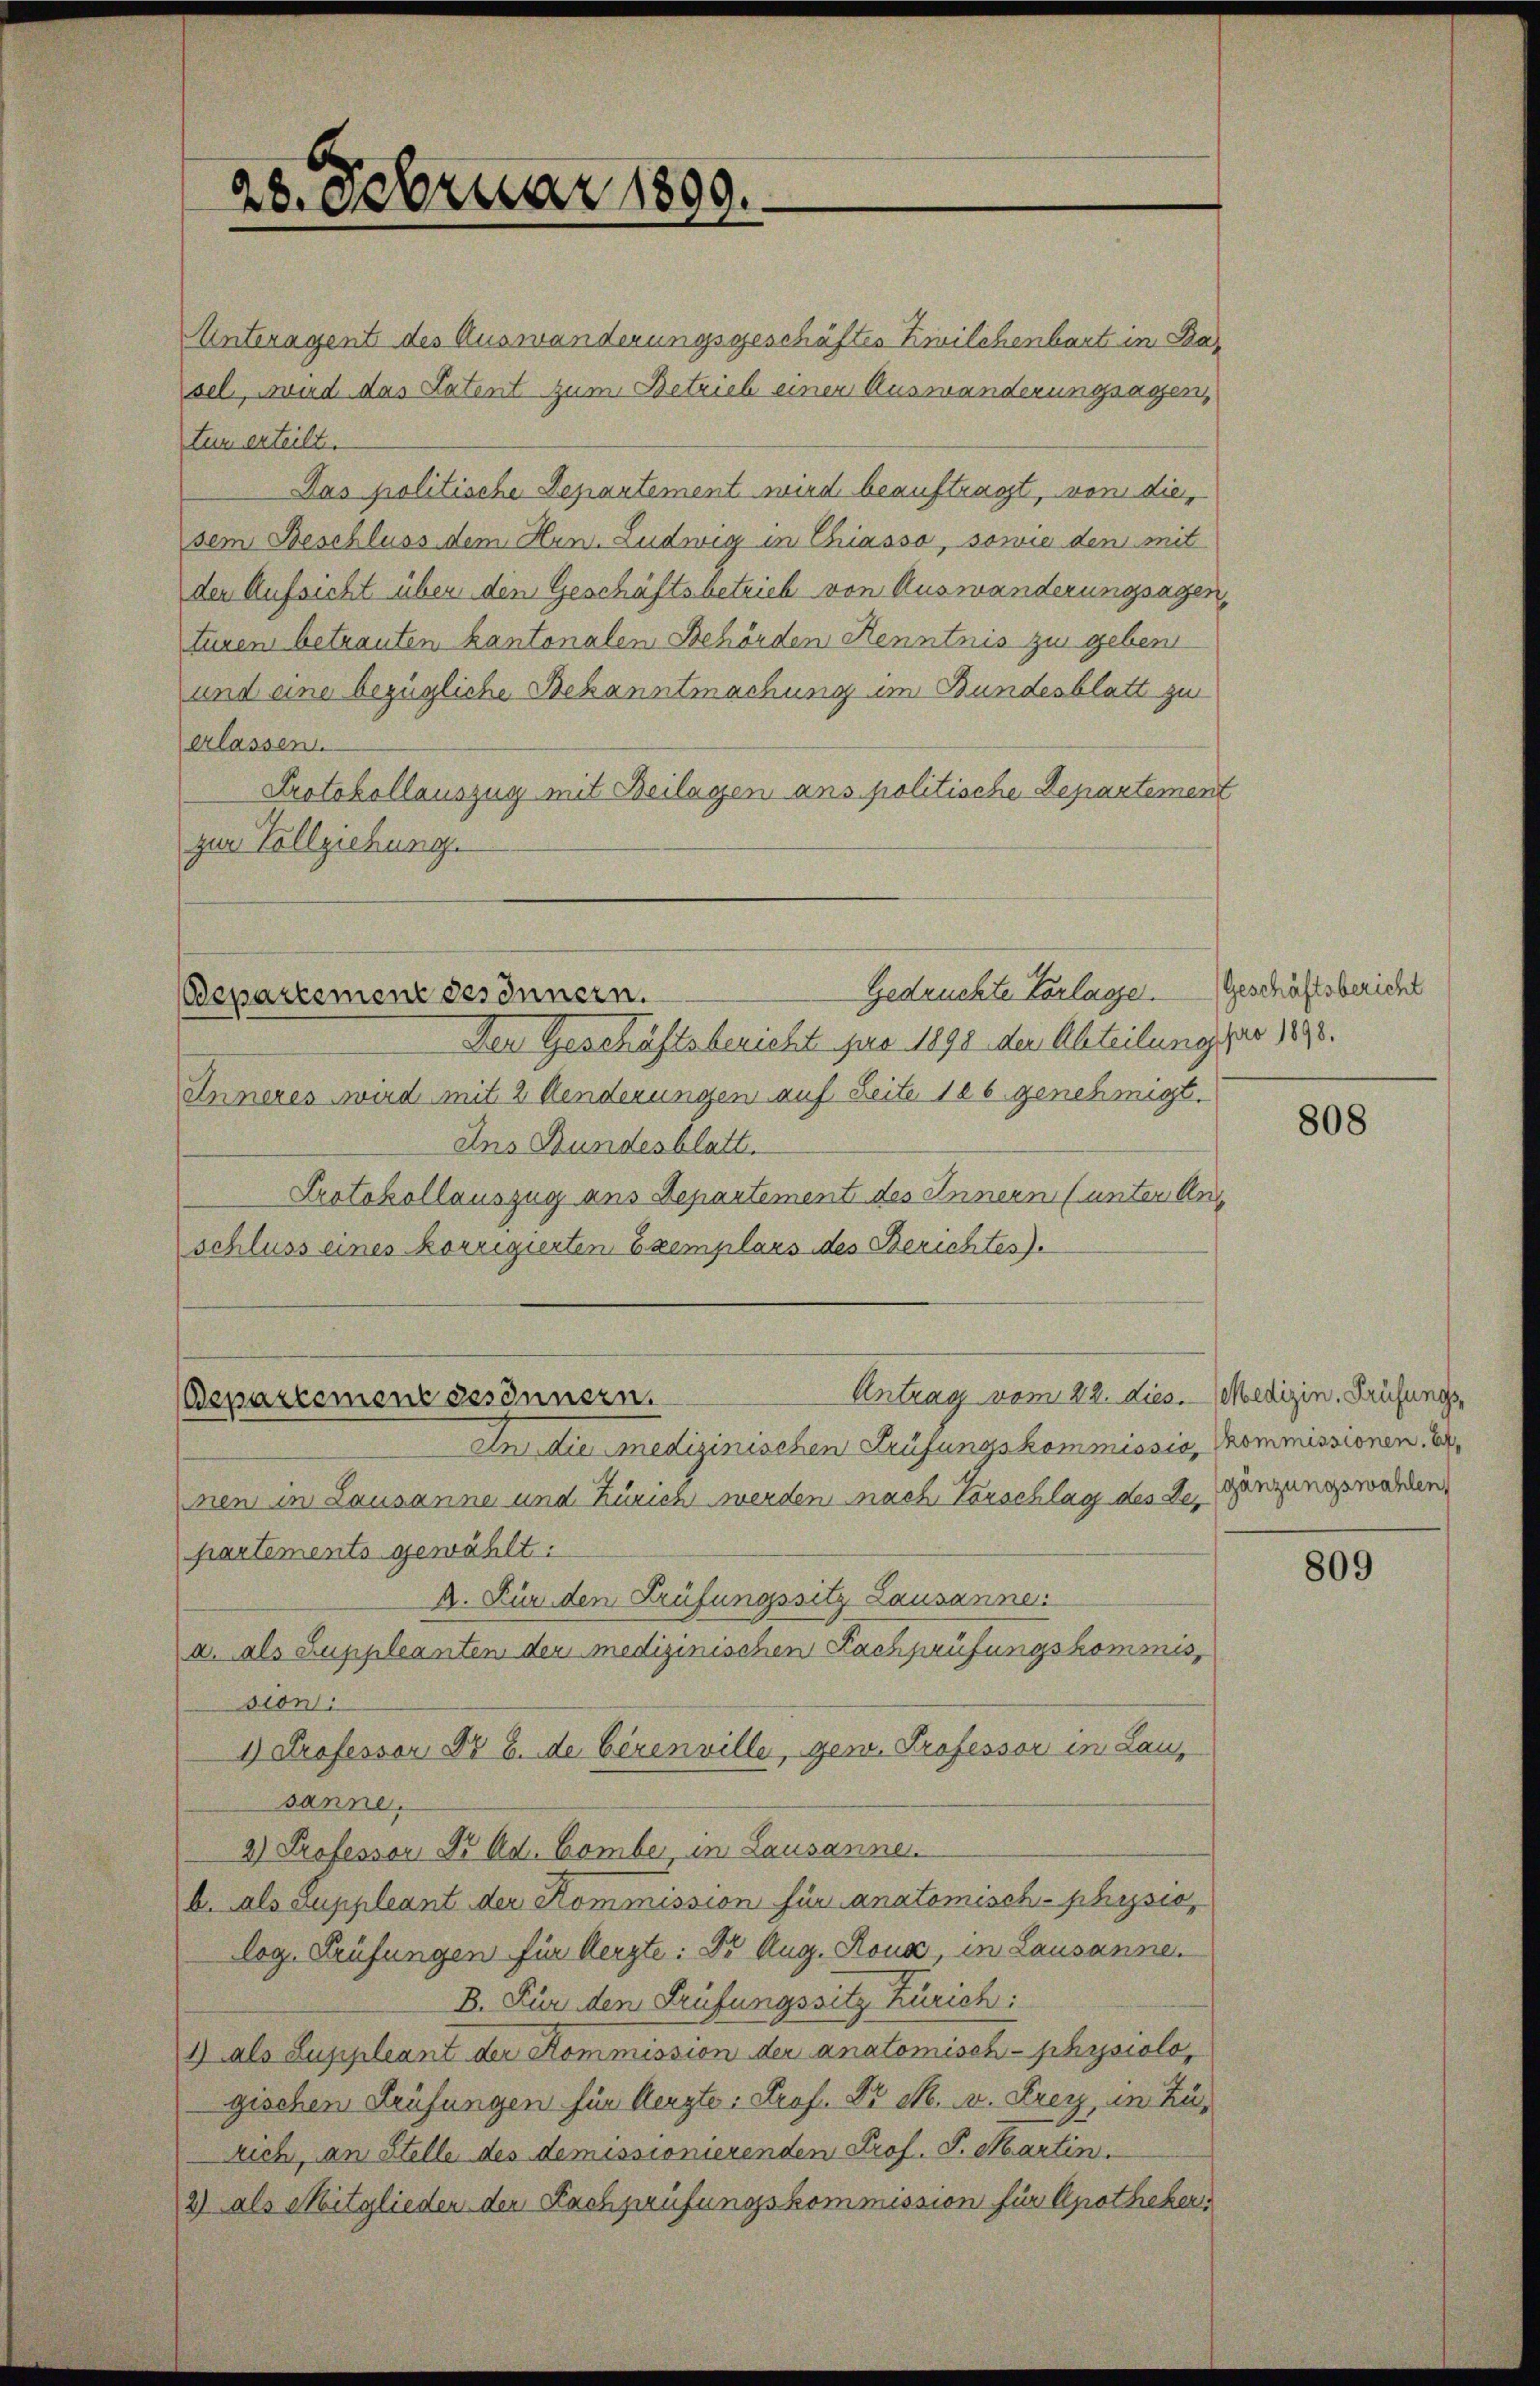
28. Februar 1809.

Unteragent des Auswanderungsgeschäftes Zwilchenbart in Dasel, wird das Patent zum Betrich einen Ausmanderungsagen,
tem erteilt.
Das politische Departement wird beauftragt, von diesem Beschluss dem Hrn. Ludwig in Chiasso, sowie den mit
der Aufsicht über den Geschäftsbetrieb von Ausmanderungsagen,
turen betrauten kantonalen Behörden Kenntnis zu geben
und eine bezügliche Bekanntmachung im Bundesblatt zu
erlassen
Protokollauszug mit Beilagen ans politische Departement
zur Vollziehung.

Gedruchte Vorlage.
Departement des Innern.

Der Geschäftsbericht pro 1898 den Abteilung spar 1898.
Inneres wird mit 2 Kinderungen auf Seite 186 genehmigt.
Ans Bundesblatt.
Protokollauszug aus Departement des Innern (unter Anschluss eines korrigierten Exemplars des Berichtes).

Antrag vom 22. Lies. - Medizin, Prüfungs¬
Appartement gesinnern.

In die medizinischen Prüfungskommissio, Kommissionen, be
nen in Lausanne und Zürich werden nach Vorschlag des der Genzungswahlen,
partements gewählt:
A. Für den Prüfungssitz Lausanne
u. als Suppleanten der medizinischen Fachprüfungskommission
1) Professor Dr B. de beren ville, gew. Professor in Lausanne.
2) Professor Dr. Ad. Komber, in Lausanne.
b. als Suppleant der Kommission für anatomisch-physio
log. Prüfungen für Aerzte: Dr. Aug. Rona, in Lausanne.
B. Für den Prüfungssitz Zürich:
1) als Luppleant der Kommission der anatomisch-physiolo,
gischen Prüfungen für Aerzte: Prof. Dr M. A. Frey, in Zurich, an Stelle des demissionierenden Prof. J. Martin.
2) als Mitglieden der Fachprüfungskommission für Apotheker

Geschäftsbericht

808

809